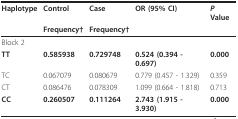
<table><thead><tr><td><b>Haplotype</b></td><td><b>Control</b></td><td><b>Case</b></td><td><b>OR (95% CI)</b></td><td><b><i>P </i>Value</b></td></tr><tr><td></td><td><b>Frequency†</b></td><td><b>Frequency†</b></td><td></td><td></td></tr></thead><tbody><tr><td>Block 2</td><td></td><td></td><td></td><td></td></tr><tr><td><b>TT</b></td><td><b>0.585938</b></td><td><b>0.729748</b></td><td><b>0.524 (0.394 - 0.697)</b></td><td><b>0.000</b></td></tr><tr><td>TC</td><td>0.067079</td><td>0.080679</td><td>0.779 (0.457 - 1.329)</td><td>0.359</td></tr><tr><td>CT</td><td>0.086476</td><td>0.078309</td><td>1.099 (0.664 - 1.818)</td><td>0.713</td></tr><tr><td><b>CC</b></td><td><b>0.260507</b></td><td><b>0.111264</b></td><td><b>2.743 (1.915 - 3.930)</b></td><td><b>0.000</b></td></tr></tbody></table>